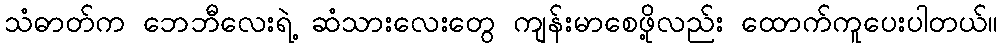
သံဓာတ်က ဘေဘီလေးရဲ့ ဆံသားလေးတွေ ကျန်းမာစေဖို့လည်း ထောက်ကူပေးပါတယ်။